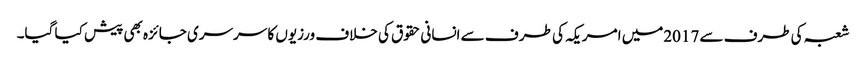
شعبہ کی طرف سے 2017میں امریکہ کی طر ف سے انسانی حقوق کی خلاف ورزیوں کا سرسری جائزہ بھی پیش کیا گیا۔